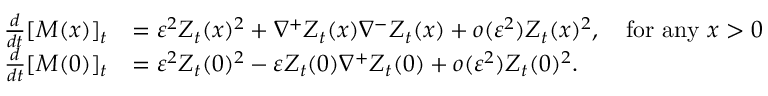
\begin{array} { r l } { \frac { d } { d t } [ M ( x ) ] _ { t } } & { = \varepsilon ^ { 2 } Z _ { t } ( x ) ^ { 2 } + \nabla ^ { + } Z _ { t } ( x ) \nabla ^ { - } Z _ { t } ( x ) + o ( \varepsilon ^ { 2 } ) Z _ { t } ( x ) ^ { 2 } , \quad \mathrm { f o r ~ a n y ~ } x > 0 } \\ { \frac { d } { d t } [ M ( 0 ) ] _ { t } } & { = \varepsilon ^ { 2 } Z _ { t } ( 0 ) ^ { 2 } - \varepsilon Z _ { t } ( 0 ) \nabla ^ { + } Z _ { t } ( 0 ) + o ( \varepsilon ^ { 2 } ) Z _ { t } ( 0 ) ^ { 2 } . } \end{array}